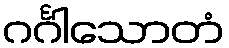
ဂင်္ဂါသောတံ